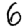
Digit: 6